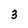
Character: 3